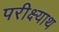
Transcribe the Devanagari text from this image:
परीक्ष्याथ